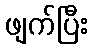
ဖျက်ပြီး